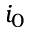
i _ { 0 }